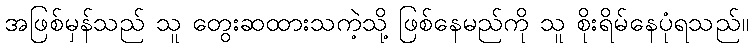
အဖြစ်မှန်သည် သူ တွေးဆထားသကဲ့သို့ ဖြစ်နေမည်ကို သူ စိုးရိမ်နေပုံရသည်။